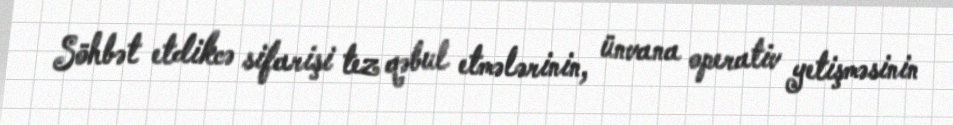
Söhbət etdikcə sifarişi tez qəbul etmələrinin, ünvana operativ yetişməsinin